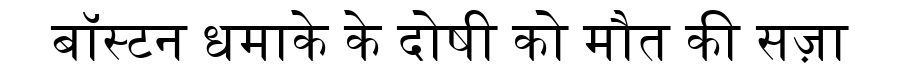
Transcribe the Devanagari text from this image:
बॉस्टन धमाके के दोषी को मौत की सज़ा